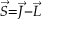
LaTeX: \scriptstyle { \vec { S } } = { \vec { J } } - { \vec { L } }